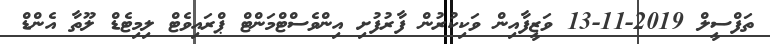
ތަފްސީލް 2019-11-13 ވަޒީފާއިން ވަކިކުރުން ފާރުފުށި އިންވެސްޓްމަންޓް ޕްރައިވެޓް ލިމިޓެޑް ލޫތާ އެންޑް